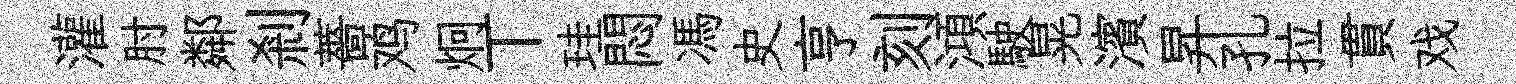
灌肘鄰剎薔鸡炯丅珪悶馮史亨刻澒駛晃濱昇孔拉貫戏